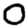
Digit: 0